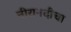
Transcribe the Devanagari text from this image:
नीरानदीचा